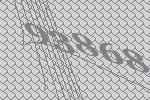
93868